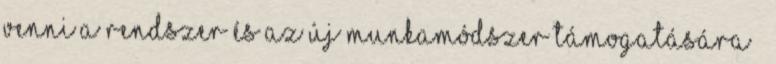
venni a rendszer és az új munkamódszer támogatására 